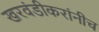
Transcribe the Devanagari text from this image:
खरवंडीकरांनीच